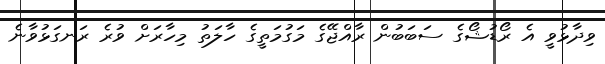
ވިދާޅުވީ އެ ރޯޑުޝޯގެ ސަބަބުން ރާއްޖޭގެ މަގުމަތީގެ ހާލަތު މިހާރަށް ވުރެ ރަނގަޅުވާނެ